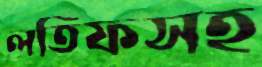
লতিফসহ